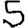
Digit: 5